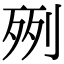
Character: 𣧿